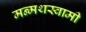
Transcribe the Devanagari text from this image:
मन्मथस्वामी